Indian journal of veterinary science and animal husbandry - Volume 5,
Year: 1935
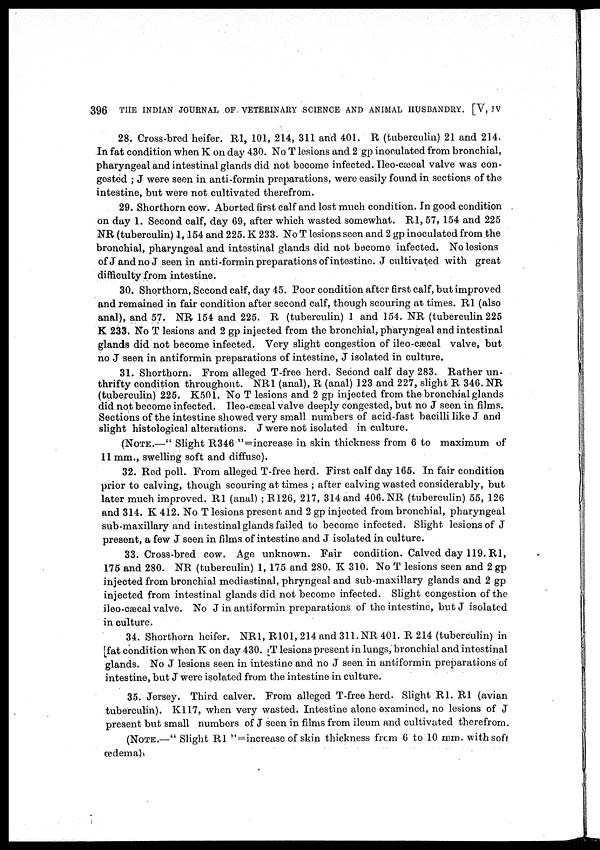
396 THE INDIAN JOURNAL OF VETERINARY SCIENCE AND ANIMAL HUSBANDRY. [V, IV
28. Cross-bred heifer. R1, 101, 214, 311 and 401. R (tuberculin) 21 and 214.
In fat condition when K on day 430. No T lesions and 2 gp inoculated from bronchial,
pharyngeal and intestinal glands did not become infected. Ileo-cæcal valve was con-
gested ; J were seen in anti-formin preparations, were easily found in sections of the
intestine, but were not cultivated therefrom.
29. Shorthorn cow. Aborted first calf and lost much condition. In good condition
on day 1. Second calf, day 69, after which wasted somewhat. R1, 57, 154 and 225
NR (tuberculin) 1,154 and 225. K 233. No T lesions seen and 2 gp inoculated from the
bronchial, pharyngeal and intestinal glands did not become infected. No lesions
of J and no J seen in anti-formin preparations of intestine. J cultivated with great
difficulty from intestine.
30. Shorthorn, Second calf, day 45. Poor condition after first calf, but improved
and remained in fair condition after second calf, though scouring at times. R1 (also
anal), and 57. NR 154 and 225. R (tuberculin) 1 and 154. NR (tuberculin 225
K 233. No T lesions and 2 gp injected from the bronchial, pharyngeal and intestinal
glands did not become infected. Very slight congestion of ileo-cæcal valve, but
no J seen in antiformin preparations of intestine, J isolated in culture.
31. Shorthorn. From alleged T-free herd. Second calf day 283. Rather un-
thrifty condition throughout. NR1 (anal), R (anal) 123 and 227, slight R 346. NR
(tuberculin) 225. K501. No T lesions and 2 gp injected from the bronchial glands
did not become infected. Ileo-cæcal valve deeply congested, but no J seen in films.
Sections of the intestine showed very small numbers of acid-fast bacilli like J and
slight histological alterations. J were not isolated in culture.
(NOTE.—" Slight R346 "=increase in skin thickness from 6 to maximum of
11 mm., swelling soft and diffuse).
32. Red poll. From alleged T-free herd. First calf day 165. In fair condition
prior to calving, though scouring at times ; after calving wasted considerably, but
later much improved. R1 (anal) ; R126, 217, 314 and 406. NR (tuberculin) 55, 126
and 314. K 412. No T lesions present and 2 gp injected from bronchial, pharyngeal
sub-maxillary and intestinal glands failed to become infected. Slight lesions of J
present, a few J seen in films of intestine and J isolated in culture.
33. Cross-bred cow. Age unknown. Fair condition. Calved day 119. R1,
175 and 280. NR (tuberculin) 1, 175 and 280. K 310. No T lesions seen and 2 gp
injected from bronchial mediastinal, phryngeal and sub-maxillary glands and 2 gp
injected from intestinal glands did not become infected. Slight congestion of the
ileo-cæcal valve. No J in antiformin preparations of the intestine, but J isolated
in culture.
34. Shorthorn heifer. NR1, R101, 214 and 311. NR 401. R 214 (tuberculin) in
[fat condition when K on day 430. T lesions present in lungs, bronchial and intestinal
glands. No J lesions seen in intestine and no J seen in antiformin preparations of
intestine, but J were isolated from the intestine in culture.
35. Jersey. Third calver. From alleged T-free herd. Slight R1. R1 (avian
tuberculin). K117, when very wasted. Intestine alone examined, no lesions of J
present but small numbers of J seen in films from ileum and cultivated therefrom.
(NOTE.—" Slight R1 "= increase of skin thickness from 6 to 10 mm. with soft
œdema)